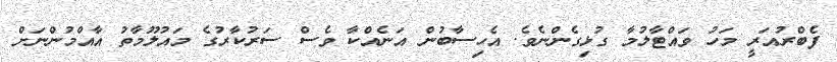
ފެބްރުއަރީ މަހު ވައްޓާލުމާ ގުޅިގެންނެވެ. އެހިސާބުން އަނެއްކާ ވެސް ސަރުކާރުގެ މައުލޫމާތު އާއްމުންނަށް